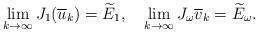
LaTeX: \begin{align*}\lim_{k\rightarrow\infty}J_{1}(\overline{u}_{k})=\widetilde{E}_{1},\ \ \ \lim_{k\rightarrow\infty}J_{\omega}\overline{v}_{k}=\widetilde{E}_{\omega}.\end{align*}